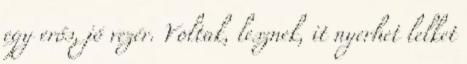
egy erős, jó vezér. Voltak, lesznek, it nyerhet lelket